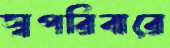
স্বপরিবারে